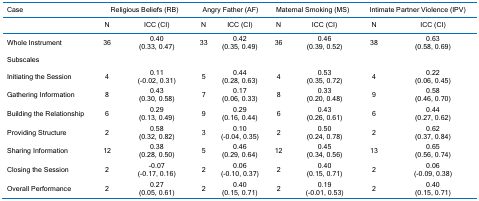
| Case | <COLSPAN=2> Religious Beliefs (RB) | <COLSPAN=2> Angry Father (AF) | <COLSPAN=2> Maternal Smoking (MS) | <COLSPAN=2> Intimate Partner Violence (IPV) |
 |  | N | ICC (CI) | N | ICC (CI) | N | ICC (CI) | N | ICC (CI) |
 | --- | --- | --- | --- | --- | --- | --- | --- | --- |
 | Whole Instrument | 36 | 0.40(0.33, 0.47) | 33 | 0.42(0.35, 0.49) | 36 | 0.46(0.39, 0.52) | 38 | 0.63(0.58, 0.69) |
 | Subscales |  |  |  |  |  |  |  |  |
 | Initiating the Session | 4 | 0.11(-0.02, 0.31) | 5 | 0.44(0.28, 0.63) | 4 | 0.53(0.35, 0.72) | 4 | 0.22(0.06, 0.45) |
 | Gathering Information | 8 | 0.43(0.30, 0.58) | 7 | 0.17(0.06, 0.33) | 8 | 0.33(0.20, 0.48) | 9 | 0.58(0.46, 0.70) |
 | Building the Relationship | 6 | 0.29(0.13, 0.49) | 9 | 0.29(0.16, 0.44) | 6 | 0.43(0.26, 0.61) | 6 | 0.44(0.27, 0.62) |
 | Providing Structure | 2 | 0.58(0.32, 0.82) | 3 | 0.10(-0.04, 0.35) | 2 | 0.50(0.24, 0.78) | 2 | 0.62(0.37, 0.84) |
 | Sharing Information | 12 | 0.38(0.28, 0.50) | 5 | 0.46(0.29, 0.64) | 12 | 0.45(0.34, 0.56) | 13 | 0.65(0.56, 0.74) |
 | Closing the Session | 2 | -0.07(-0.17, 0.16) | 2 | 0.06(-0.10, 0.37) | 2 | 0.40(0.15, 0.71) | 2 | 0.06(-0.09, 0.38) |
 | Overall Performance | 2 | 0.27(0.05, 0.61) | 2 | 0.40(0.15, 0.71) | 2 | 0.19(-0.01, 0.53) | 2 | 0.40(0.15, 0.71) |